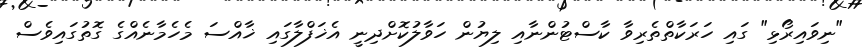
"ނިވައިރޯޅި" ގައި ހަރަކާތްތެރިވާ ކާސްޓުންނާއި ލިޔުން ހަވާލުކޮށްދިނީ އެޚަފްލާގައި ޚާއްސަ މެހެމާނެއްގެ ގޮތުގައިވެސް